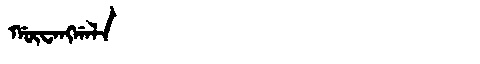
Manchu: ᡤᡡᠸᠠᠩᡤᠠᠯᠠ
Romanization: GŪWANGGALA